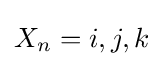
X_{n}=i,j,k